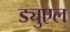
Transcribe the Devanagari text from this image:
ड्युएल